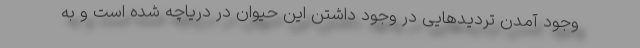
وجود آمدن تردید‌هایی در وجود داشتن این حیوان در دریاچه شده است و به